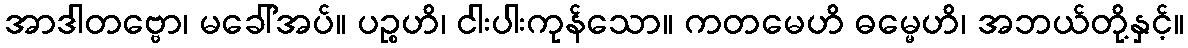
အာဒါတဗ္ဗော၊ မခေါ်အပ်။ ပဉ္စဟိ၊ ငါးပါးကုန်သော။ ကတမေဟိ ဓမ္မေဟိ၊ အဘယ်တို့နှင့်။